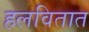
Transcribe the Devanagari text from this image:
हलवितात